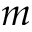
m